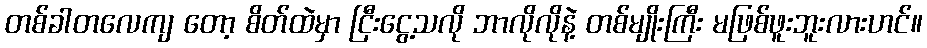
တစ်ခါတလေကျ တော့ စိတ်ထဲမှာ ငြီးငွေ့သလို ဘာလိုလိုနဲ့ တစ်မျိုးကြီး မဖြစ်ဖူးဘူးလားဟင်။